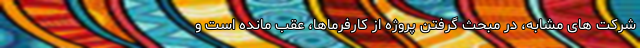
شرکت‌ های مشابه، در مبحث گرفتن پروژه از کارفرماها، عقب مانده است و